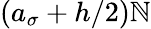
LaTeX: (a_{\sigma}+h/2)\mathbb{N}